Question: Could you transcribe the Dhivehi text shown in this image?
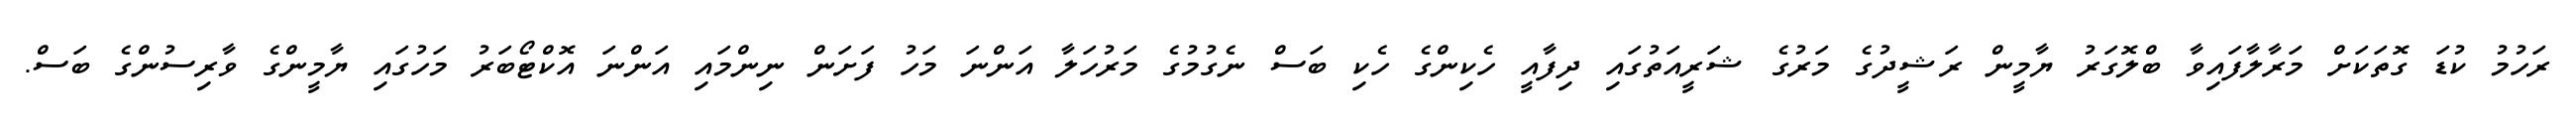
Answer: ރަހުމު ކުޑަ ގޮތަކަށް މަރާލާފައިވާ ބްލޮގަރު ޔާމީން ރަޝީދުގެ މަރުގެ ޝަރީއަތުގައި ދިފާއީ ހެކިންގެ ހެކި ބަސް ނެގުމުގެ މަރުހަލާ އަންނަ މަހު ފަށަން ނިންމައި އަންނަ އޮކްޓޯބަރު މަހުގައި ޔާމީންގެ ވާރިސުންގެ ބަސް.